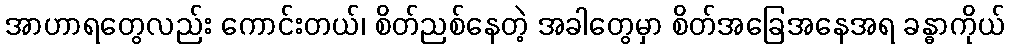
အာဟာရတွေလည်း ကောင်းတယ်၊ စိတ်ညစ်နေတဲ့ အခါတွေမှာ စိတ်အခြေအနေအရ ခန္ဓာကိုယ်